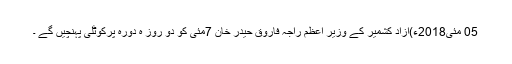
05 مئی2018ء)آزاد کشمیر کے وزیر اعظم راجہ فاروق حیدر خان 7مئی کو دو روز ہ دورہ پرکوٹلی پہنچیں گے ۔